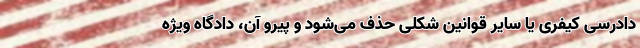
دادرسی کیفری یا سایر قوانین شکلی حذف می‌شود و پیرو آن، دادگاه ویژه